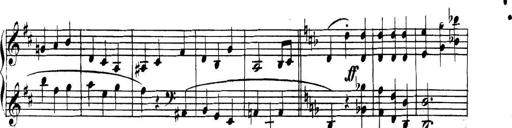
Title: Collected Piano Sonatas
Composer: Muzio Clementi